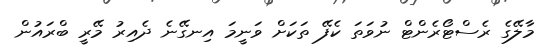
މާލޭގެ ރެސްޓޯރެންޓް ނުވަތަ ކެފޭ ތަކަށް ވަނީމަ އިނގޭނެ ދެއިރު މޭރީ ބްރައުން